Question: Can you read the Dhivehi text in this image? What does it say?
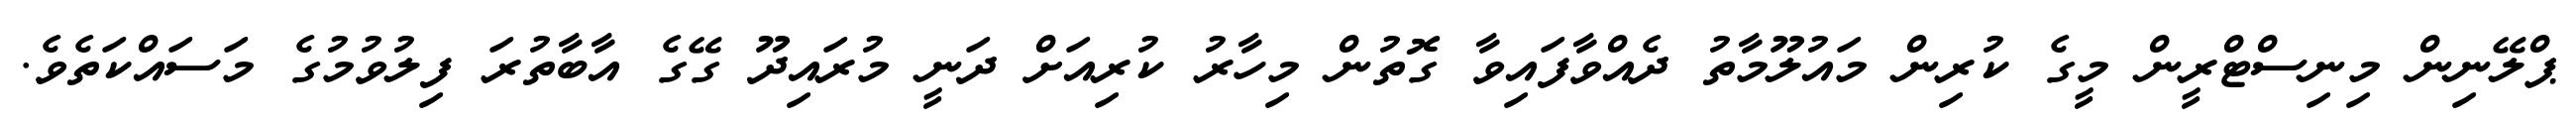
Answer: ޕްލޭނިން މިނިސްޓްރީން މީގެ ކުރިން މައުލޫމާތު ދެއްވާފައިވާ ގޮތުން މިހާރު ކުރިއަށް ދަނީ މުރައިދޫ ގޭގެ އާބާތުރަ ފިލުވުމުގެ މަސައްކަތެވެ.